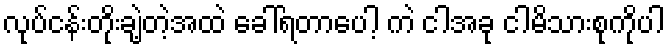
လုပ်ငန်းတိုးချဲ့တဲ့အထဲ ခေါ်ရတာပေါ့ ကဲ ငါအခု ငါမိသားစုကိုပါ